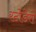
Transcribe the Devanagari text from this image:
रटोडेरो